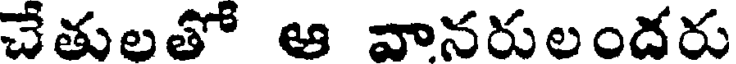
చేతులతో ఆ వానరులందరు